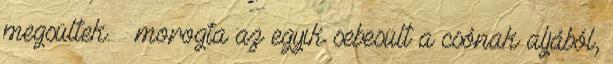
megsültek. – morogta az egyik sebesült a csónak aljából,